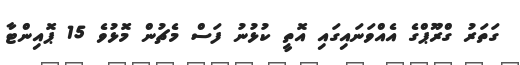
ގަތަރު ގްރޫޕްގެ އެއްވަނައިގައި އޮތީ ކުޅުނު ފަސް މެޗުން މޮޅުވެ 15 ޕޮއިންޓާ